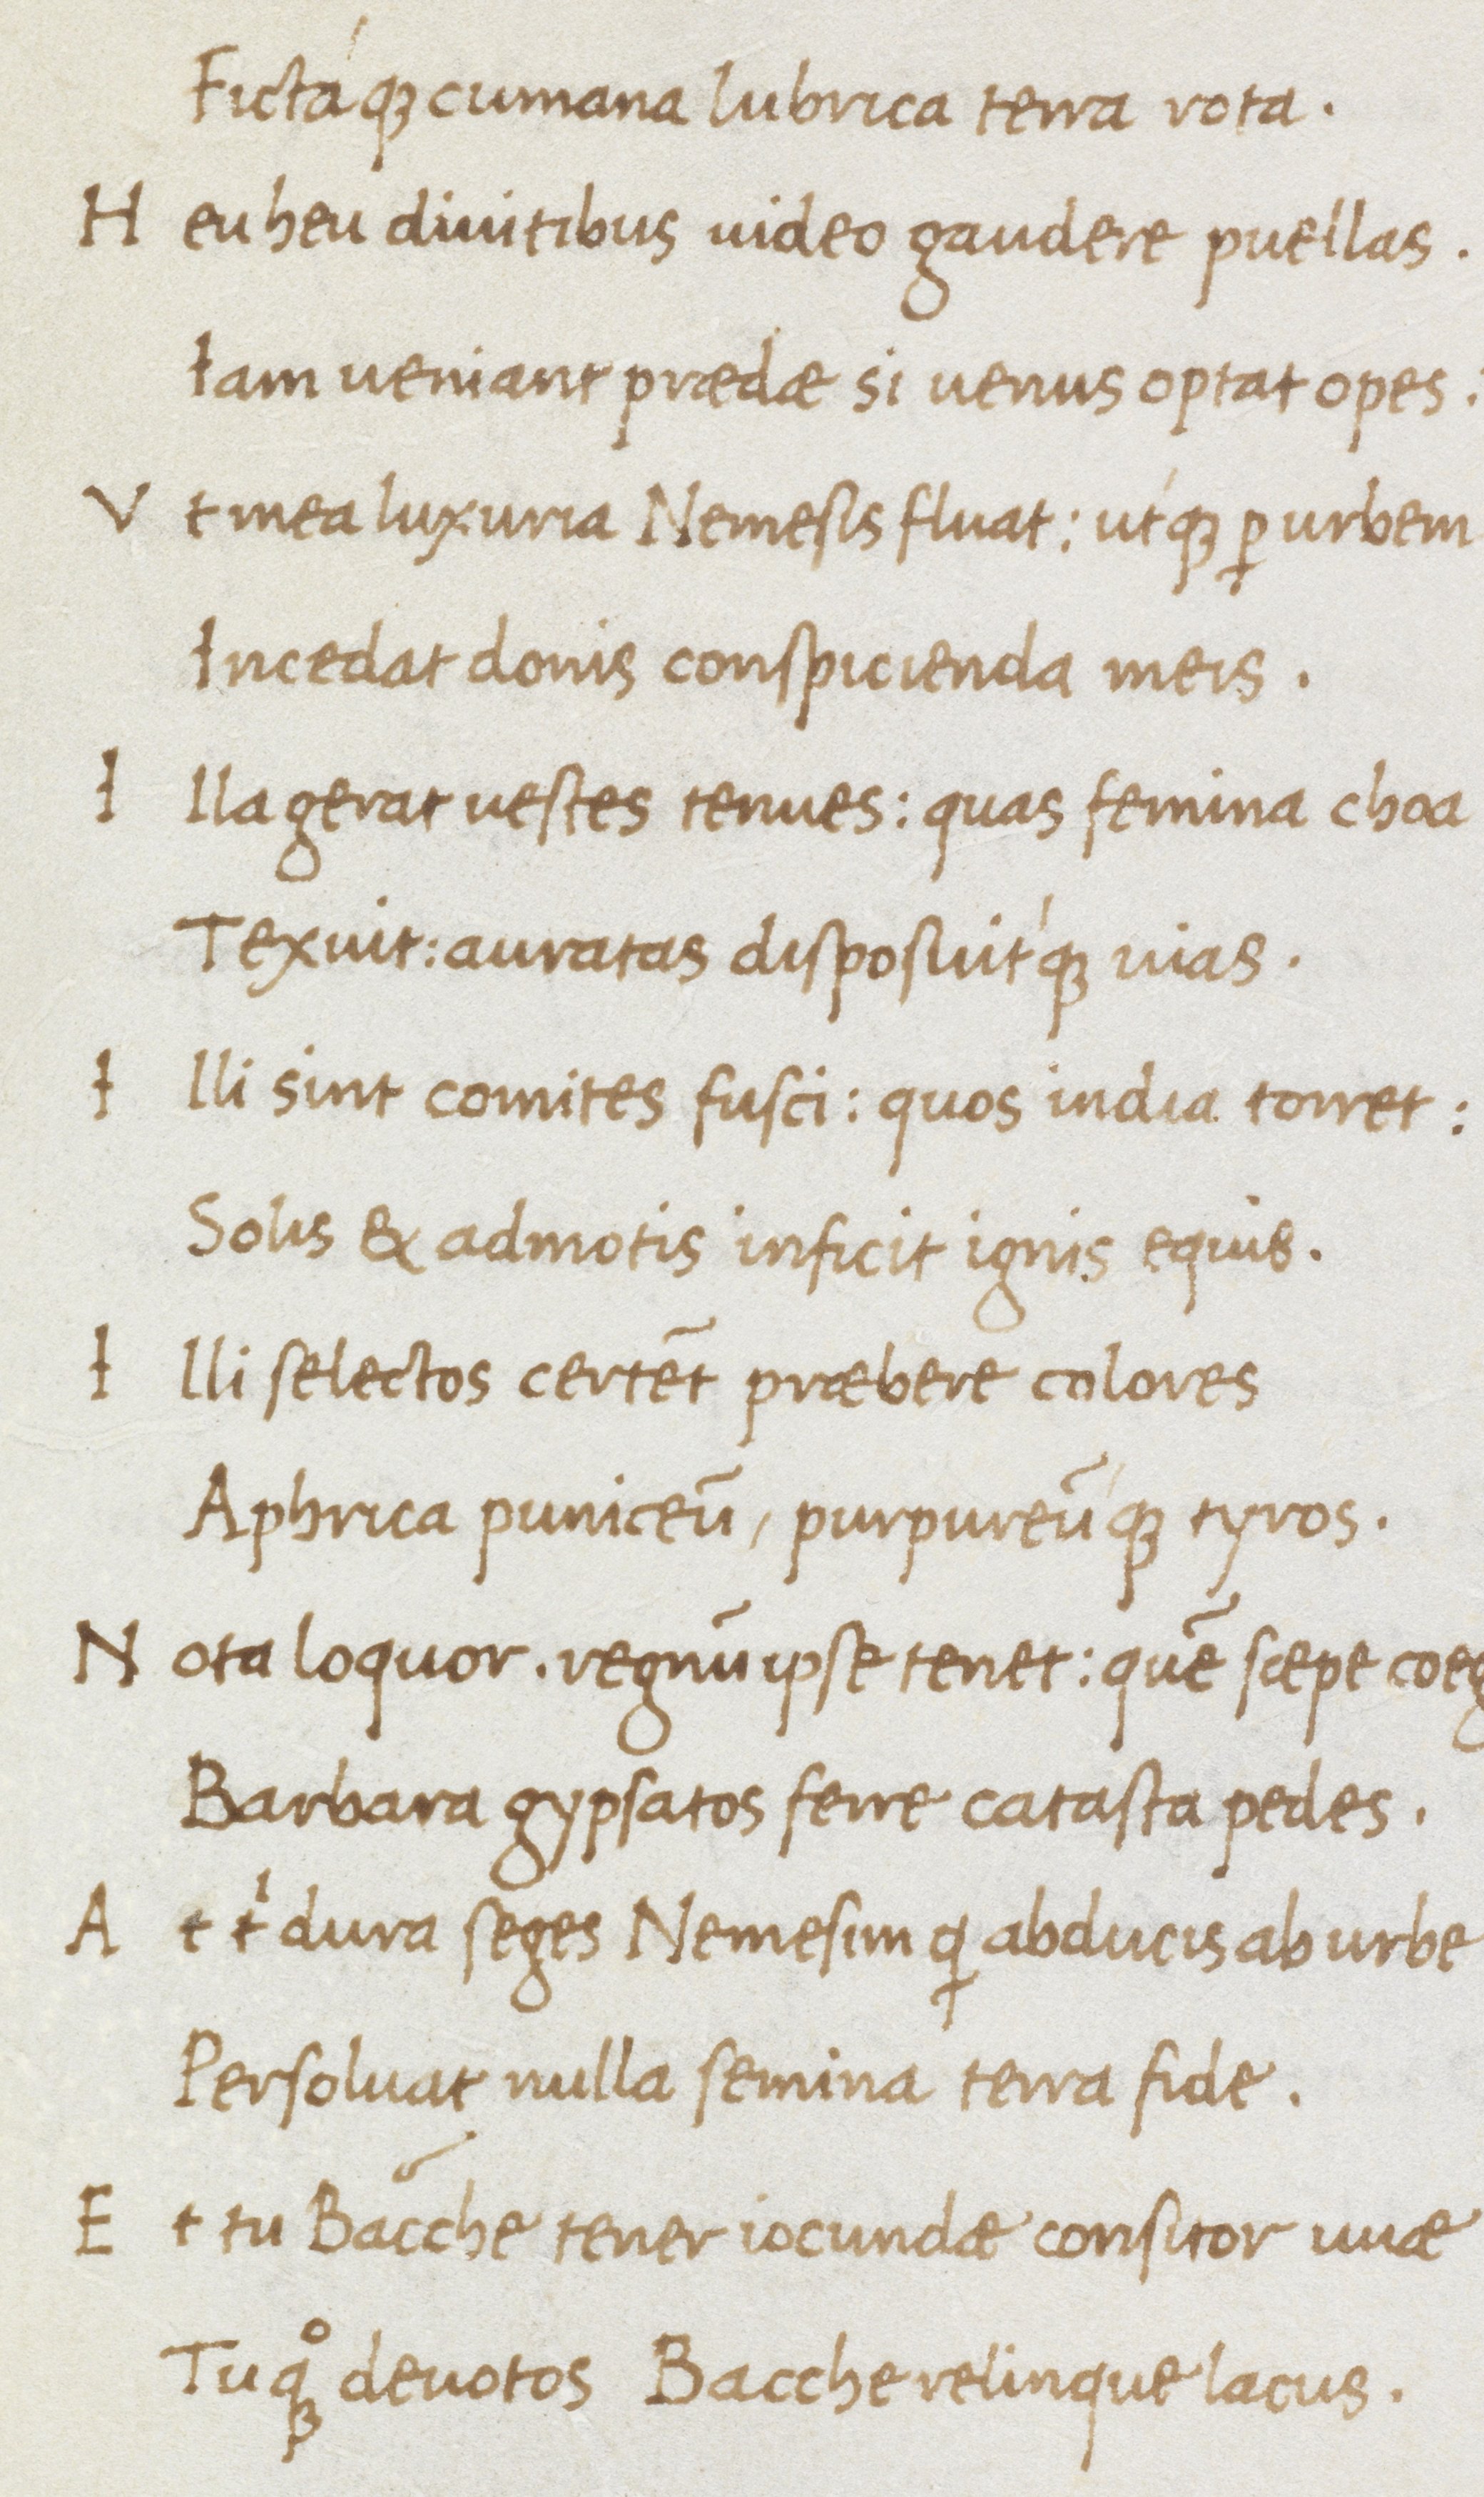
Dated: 1475–1495